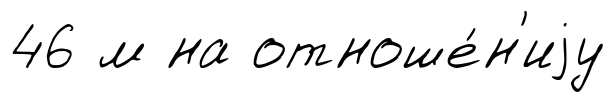
46 м на отноше́н'иjу